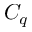
C _ { q }